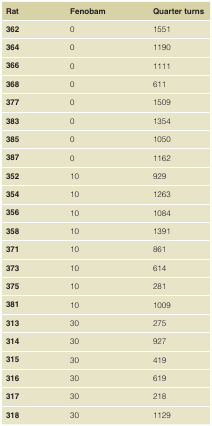
<table><thead><tr><td><b>Rat</b></td><td><b>Fenobam</b></td><td><b>Quarter turns</b></td></tr></thead><tbody><tr><td><b>362</b></td><td>0</td><td>1551</td></tr><tr><td><b>364</b></td><td>0</td><td>1190</td></tr><tr><td><b>366</b></td><td>0</td><td>1111</td></tr><tr><td><b>368</b></td><td>0</td><td>611</td></tr><tr><td><b>377</b></td><td>0</td><td>1509</td></tr><tr><td><b>383</b></td><td>0</td><td>1354</td></tr><tr><td><b>385</b></td><td>0</td><td>1050</td></tr><tr><td><b>387</b></td><td>0</td><td>1162</td></tr><tr><td><b>352</b></td><td>10</td><td>929</td></tr><tr><td><b>354</b></td><td>10</td><td>1263</td></tr><tr><td><b>356</b></td><td>10</td><td>1084</td></tr><tr><td><b>358</b></td><td>10</td><td>1391</td></tr><tr><td><b>371</b></td><td>10</td><td>861</td></tr><tr><td><b>373</b></td><td>10</td><td>614</td></tr><tr><td><b>375</b></td><td>10</td><td>281</td></tr><tr><td><b>381</b></td><td>10</td><td>1009</td></tr><tr><td><b>313</b></td><td>30</td><td>275</td></tr><tr><td><b>314</b></td><td>30</td><td>927</td></tr><tr><td><b>315</b></td><td>30</td><td>419</td></tr><tr><td><b>316</b></td><td>30</td><td>619</td></tr><tr><td><b>317</b></td><td>30</td><td>218</td></tr><tr><td><b>318</b></td><td>30</td><td>1129</td></tr></tbody></table>